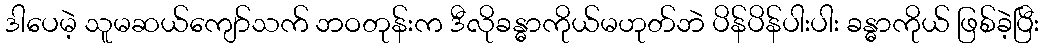
ဒါပေမဲ့ သူမဆယ်ကျော်သက် ဘဝတုန်းက ဒီလိုခန္ဓာကိုယ်မဟုတ်ဘဲ ပိန်ပိန်ပါးပါး ခန္ဓာကိုယ် ဖြစ်ခဲ့ပြီး